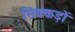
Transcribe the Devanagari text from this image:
सिक्कड़ों